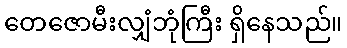
တေဇောမီးလျှံဘုံကြီး ရှိနေသည်။